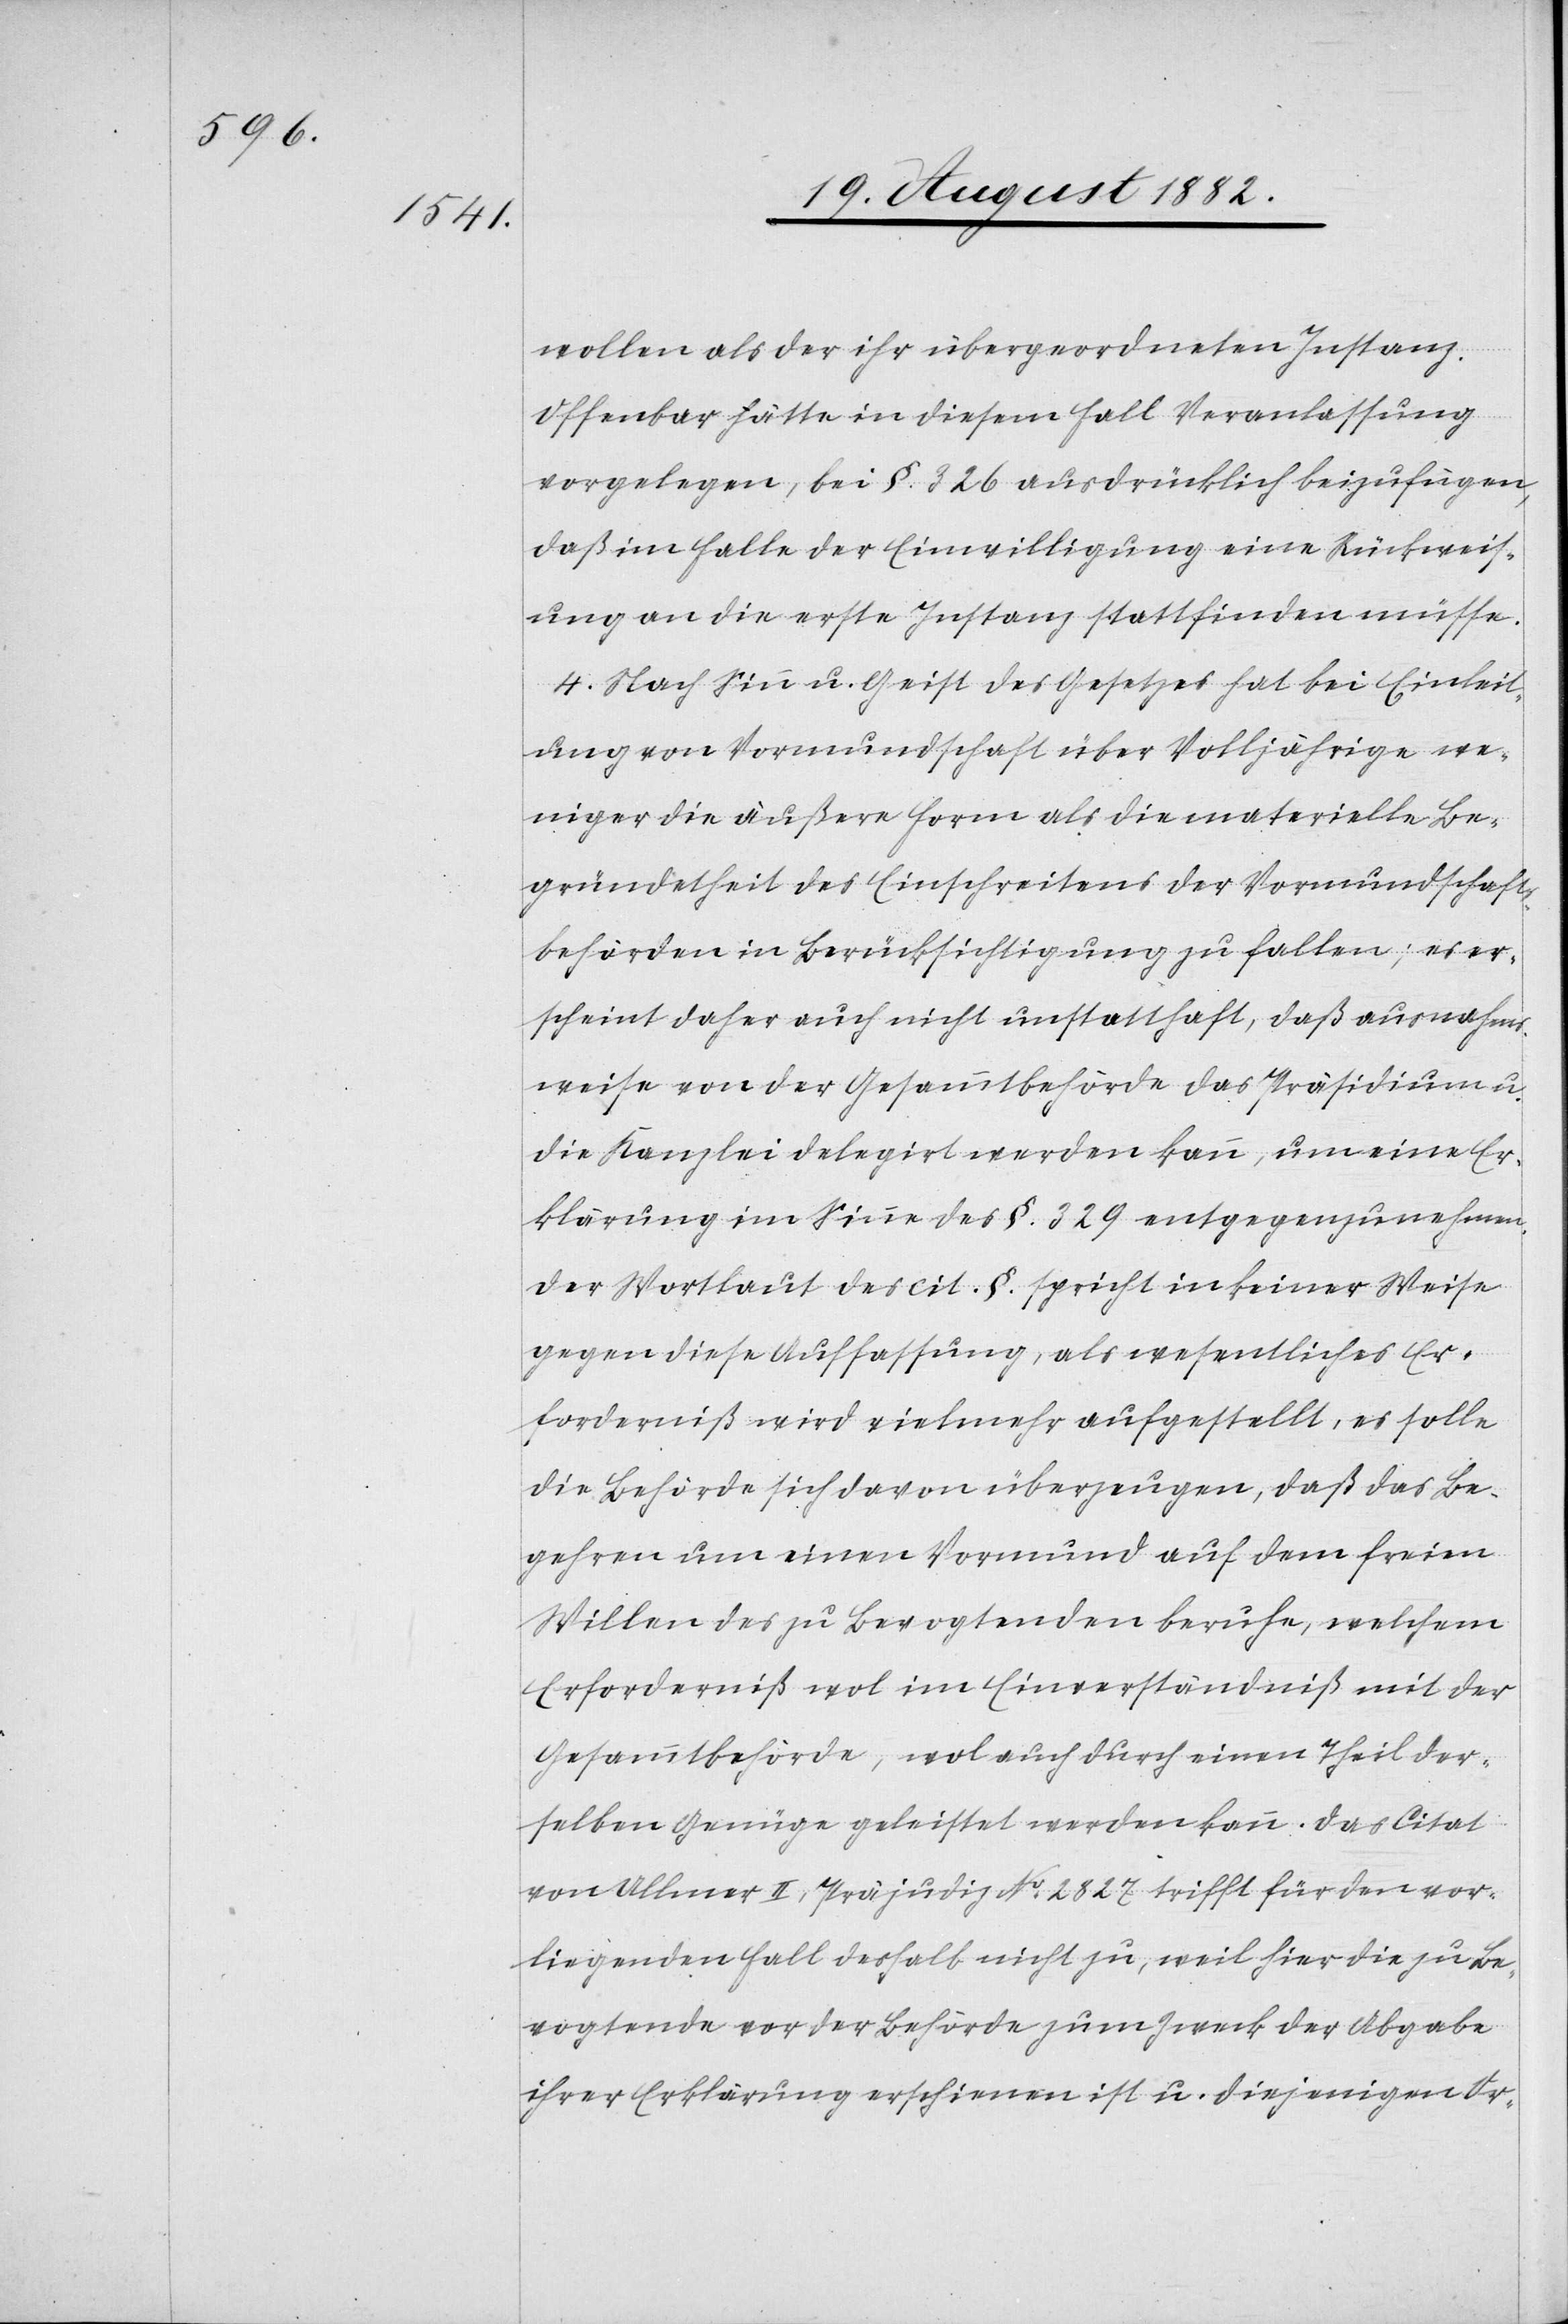
wollen als der ihr übergeordneten Instanz.
Offenbar hätte in diesem Fall Veranlassung
vorgelegen, bei §. 326 ausdrücklich beizufügen,
daß im Falle der Einwilligung eine Rückweis¬
ung an die erste Instanz stattfinden müsse.
4. Nach Sinn u. Geist des Gesetzes hat bei Einleit¬
ung von Vormundschaft über Volljährige we¬
niger die äußere Form als die materielle Be¬
gründetheit des Einschreitens der Vormundschafts¬
behörden in Berücksichtigung zu fallen; es er¬
scheint daher auch nicht unstatthaft, daß ausnahms¬
weise von der Gesammtbehörde das Präsidium u.
die Kanzlei delegirt werden kann, um eine Er¬
klärung im Sinne des §. 329 entgegenzunehmen.
Der Wortlaut des cit. §. spricht in keiner Weise
gegen diese Auffassung, als wesentliches Er¬
forderniß wird vielmehr aufgestellt, es solle
die Behörde sich davon überzeugen, daß das Be¬
gehren um einen Vormund auf dem freien
Willen des zu Bevogtenden beruhe, welchem
Erforderniß wol im Einverständniß mit der
Gesammtbehörde, wol auch durch einen Theil der¬
selben Genüge geleistet werden kann. Das Citat
von Ullmer II, Präjudiz No 2827 trifft für den vor¬
liegenden Fall deshalb nicht zu, weil hier die zu Be¬
vogtende vor der Behörde zum Zweck der Abgabe
ihrer Erklärung erschienen ist u. diejenigen Or-